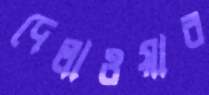
দেলাওয়ার